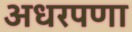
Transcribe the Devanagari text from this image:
अधरपणा